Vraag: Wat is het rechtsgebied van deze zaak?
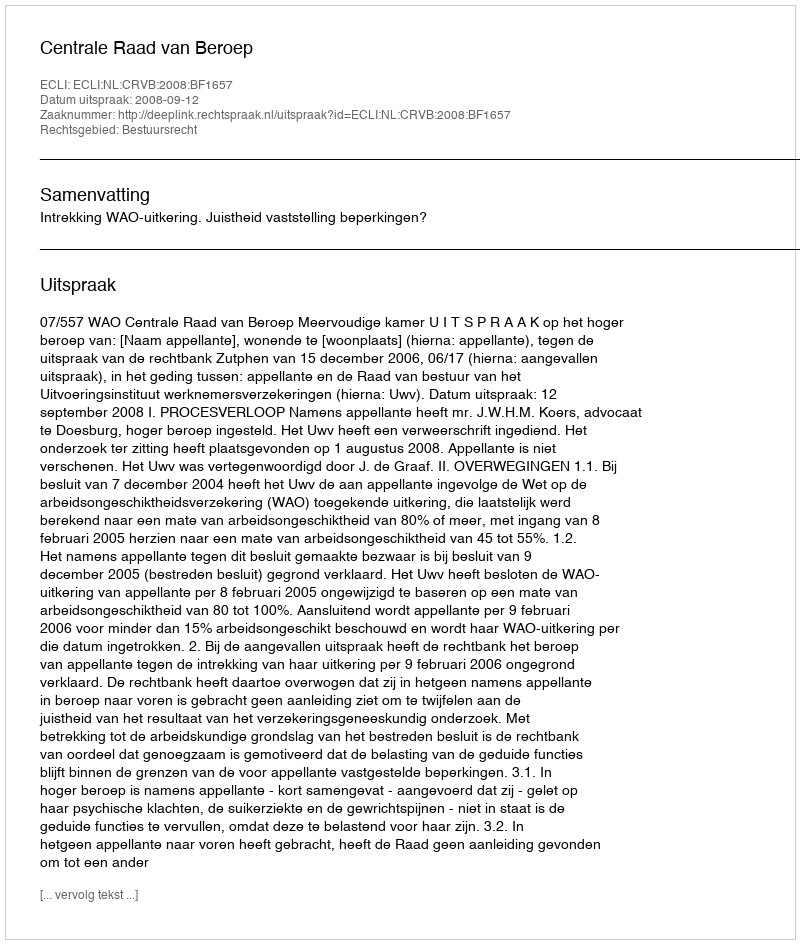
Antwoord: Bestuursrecht